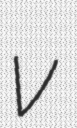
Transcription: v